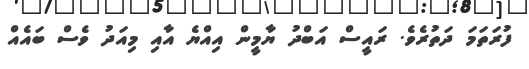
ފުރަތަމަ ދަތުރެވެ. ރައީސް އަބްދު ޔާމީން އިއްޔެ އާއި މިއަދު ވެސް ބައެއް